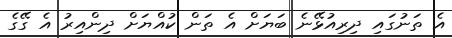
އެ ތަނުގައި ދިރިއުޅޭނެ ބަޔަށް އެ ތަން ކުއްޔަށް ދިންއިރު އެ ގޭގެ